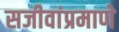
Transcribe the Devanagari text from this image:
सजीवांप्रमाणे